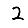
Digit: 2